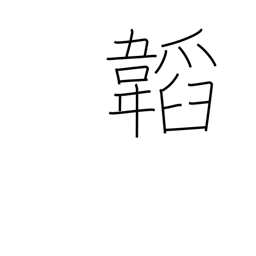
Meaning: wrapping